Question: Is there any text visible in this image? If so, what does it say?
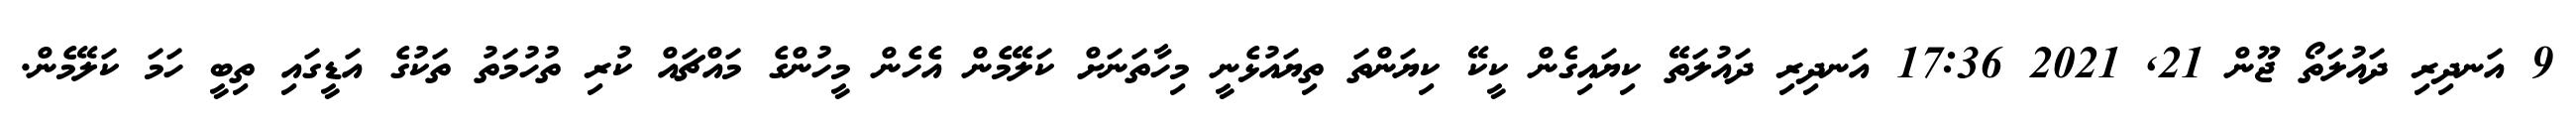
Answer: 9 އަނދިރި ދައުލަތޯ ޖޫން 21, 2021 17:36 އަނދިރި ދައުލަތޭ ކިޔައިގެން ކީކޭ ކިޔަންތަ ތިޔައުޅެނީ މިހާތަނަށް ކަލޭމެން އެހެން މީހުންގެ މައްޗައް ކުރި ތުހުމަތު ތަކުގެ އަޑީގައި ތިބީ ހަމަ ކަލޭމެން.